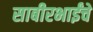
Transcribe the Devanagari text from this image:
साबीरभाईंचे